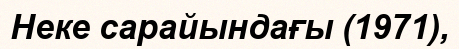
Неке сарайындағы (1971),